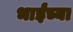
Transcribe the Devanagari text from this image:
भाईंच्या